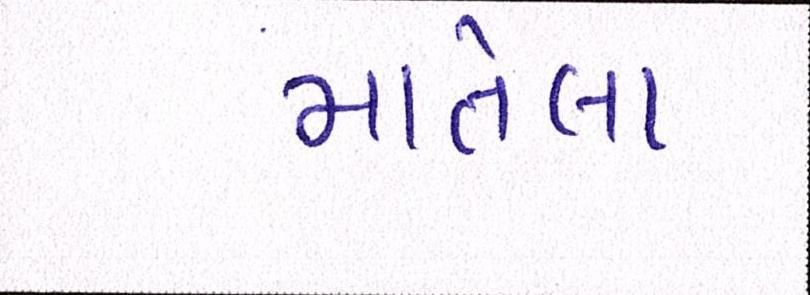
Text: માતેલા